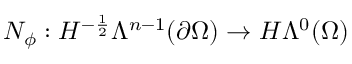
N _ { \phi } : H ^ { - \frac { 1 } { 2 } } \Lambda ^ { n - 1 } ( \partial \Omega ) \to H \Lambda ^ { 0 } ( \Omega )